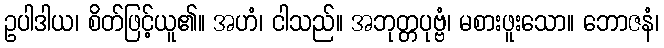
ဥပါဒါယ၊ စိတ်ဖြင့်ယူ၏။ အဟံ၊ ငါသည်။ အဘုတ္တပုဗ္ဗံ၊ မစားဖူးသော။ ဘောဇနံ၊